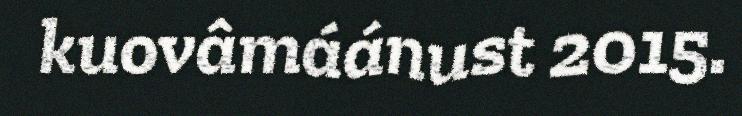
kuovâmáánust 2015.